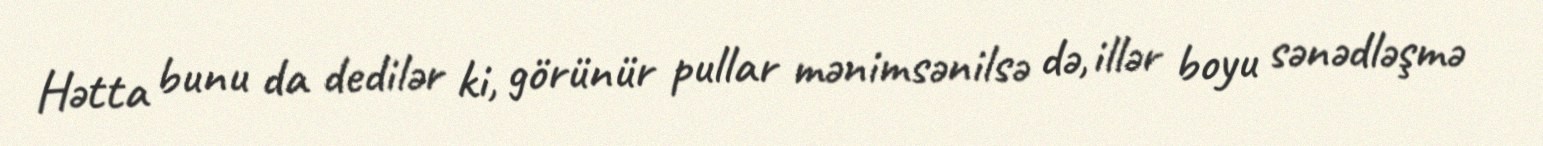
Hətta bunu da dedilər ki, görünür pullar mənimsənilsə də, illər boyu sənədləşmə